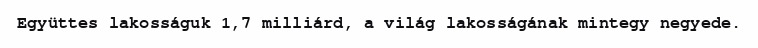
Együttes lakosságuk 1,7 milliárd, a világ lakosságának mintegy negyede.